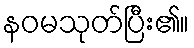
နဝမသုတ်ပြီး၏။